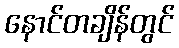
နောင်တချိန်တွင်